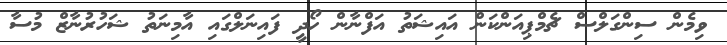
ވިމެން ސިންގަލްސް ޗެމްޕިއަންކަން އައިޝަތު އަފްނާން ހޯދީ ފައިނަލްގައި އާމިނަތު ޝަހުރުނާޒް މުސާ